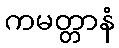
ကမတ္တာနံ